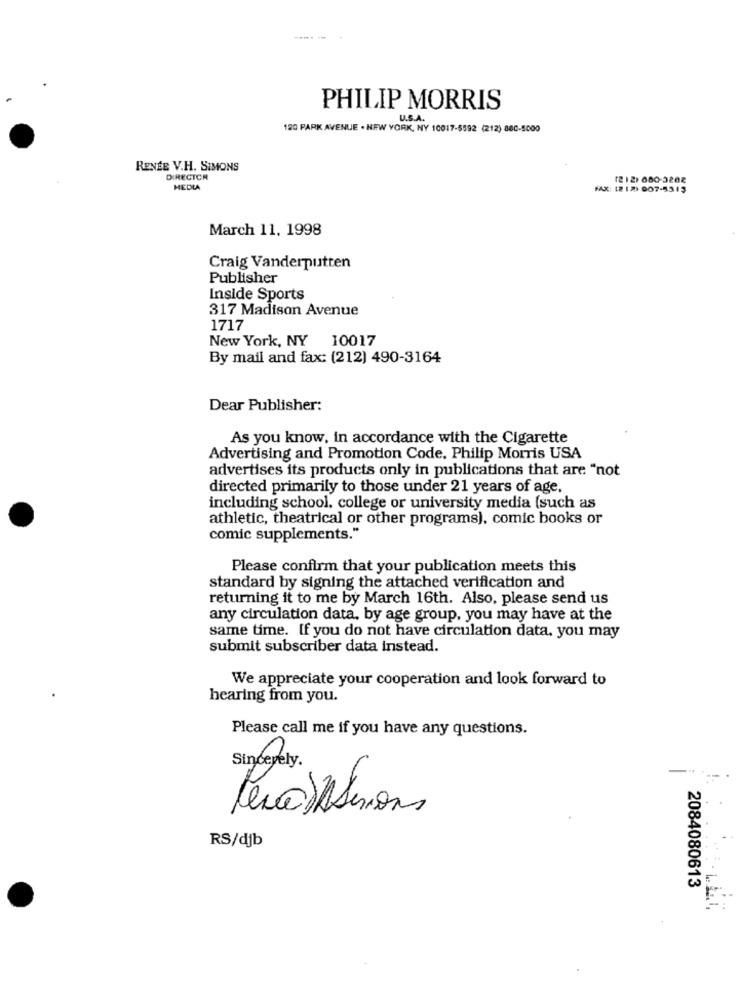
PHILIP MORRIS
U.S.A.
120 PARK AVENUE . NEW YORK, NY 10017-5592 (212) 860-5000
RENEE V.H. SIMONS
DIRECTOR
(212) 680-3202
MEDIA
FAX: 12 18) 907-5313
March 11, 1998
Craig Vanderputten
Publisher
Inside Sports
317 Madison Avenue
1717
New York, NY 10017
By mail and fax: (212) 490-3164
Dear Publisher:
As you know, in accordance with the Cigarette
Advertising and Promotion Code, Philip Morris USA
advertises its products only in publications that are "not
directed primarily to those under 21 years of age,
including school, college or university media (such as
athletic, theatrical or other programs), comic books or
comic supplements."
Please confirm that your publication meets this
standard by signing the attached verification and
returning it to me by March 16th. Also, please send us
any circulation data, by age group, you may have at the
same time. If you do not have circulation data, you may
submit subscriber data instead.
We appreciate your cooperation and look forward to
hearing from you.
Please call me if you have any questions.
Sincerely .
RS/djb
2084080613